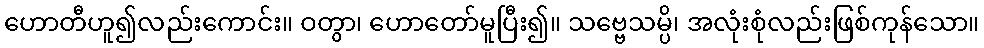
ဟောတီဟူ၍လည်းကောင်း။ ဝတွာ၊ ဟောတော်မူပြီး၍။ သဗ္ဗေသမ္ပိ၊ အလုံးစုံလည်းဖြစ်ကုန်သော။